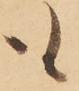
も